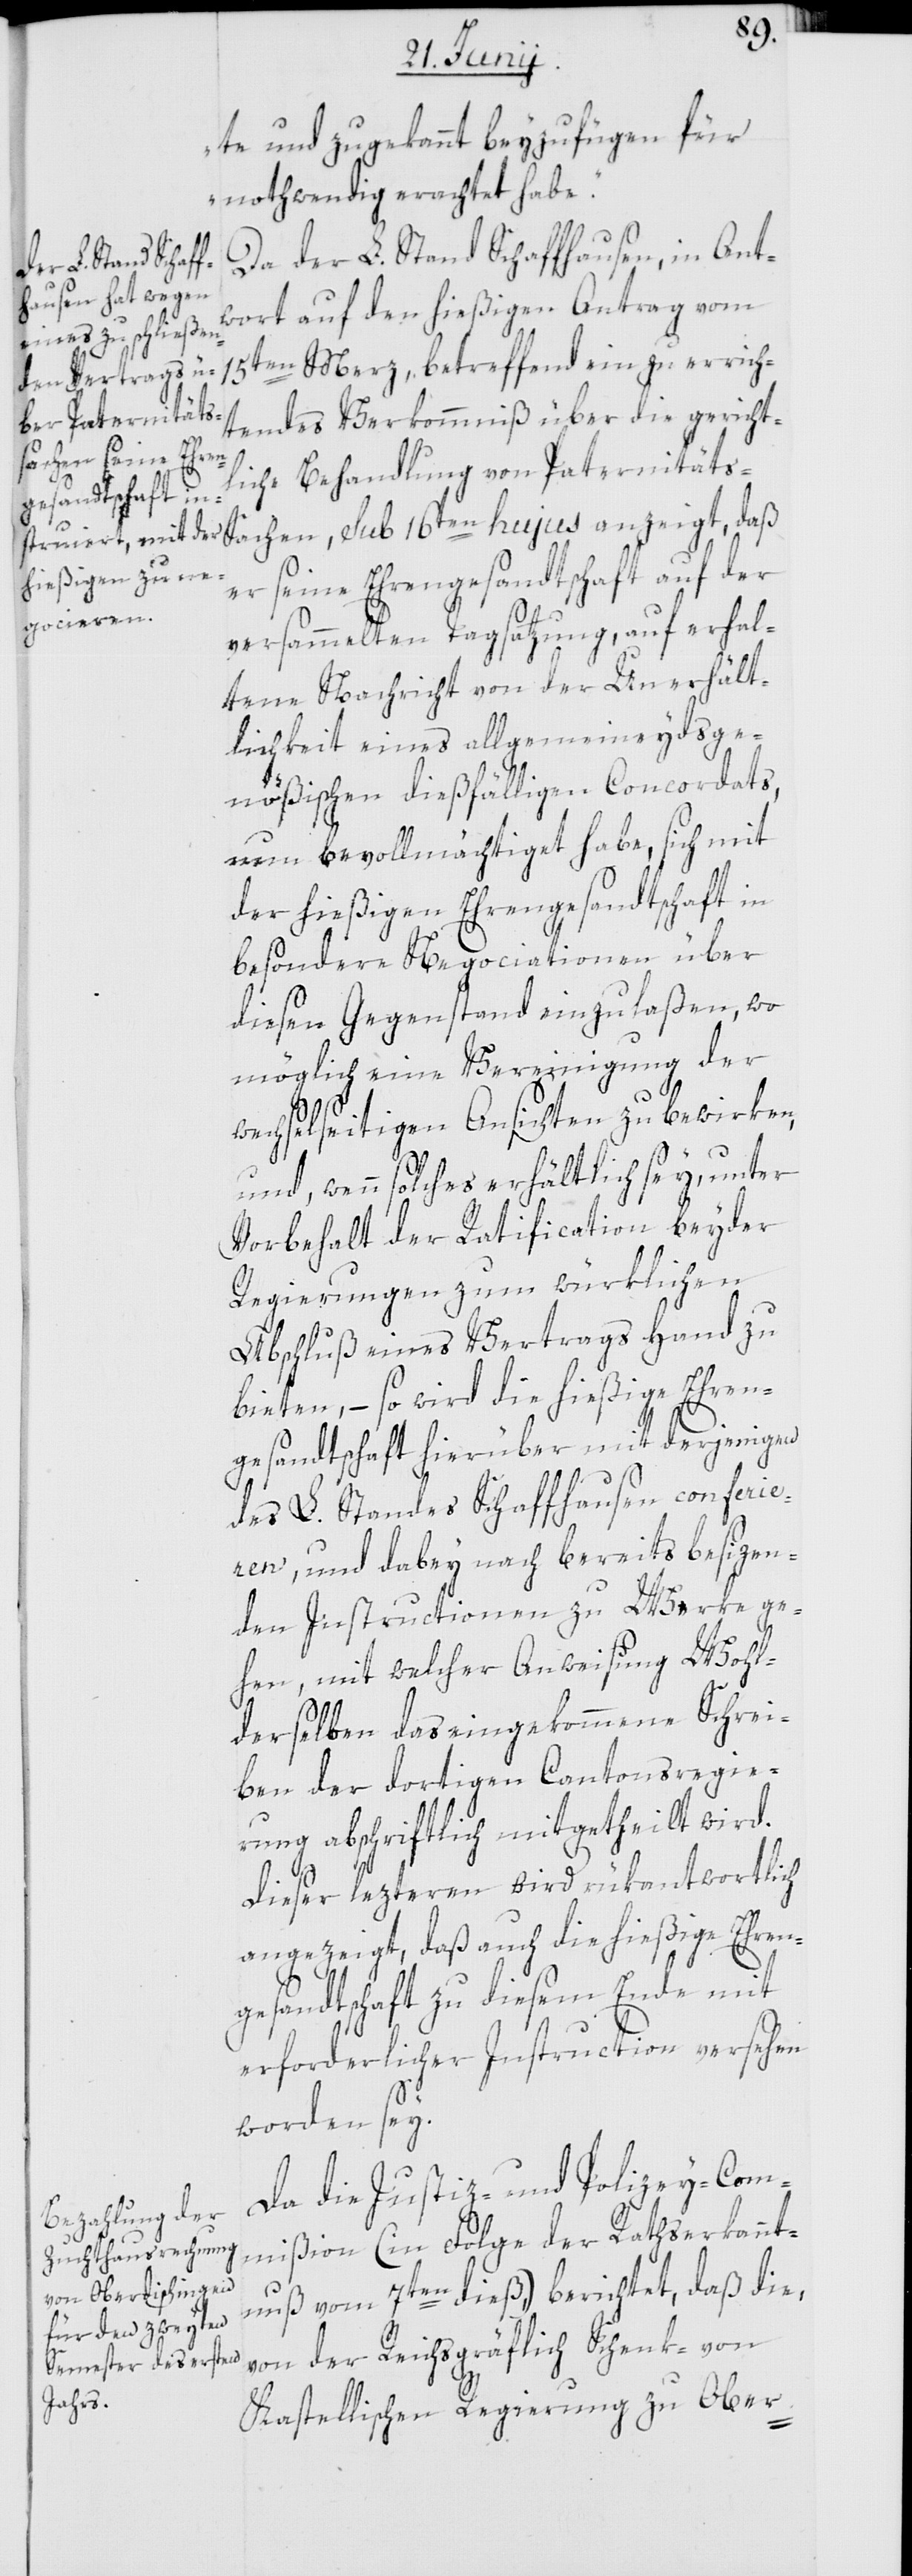
te und zugekannt beyzufügen für
nothwendig erachtet habe.“
Da der L. Stand Schaffhausen, in Ant¬
wort auf den hießigen Antrag vom
15ten Merz, betreffend ein zu errich¬
tendes Verkommniß über die gericht¬
l¬
iche Behandlung von Paternität¬
er seine Ehrengesandtschaft auf der
versammelten Tagsatzung, auf erhal¬
tene Nachricht von der Unerhält¬
lichkeit eines allgemeineydsge¬
nößischen dießfälligen Concordats,
nun bevollmächtiget habe, sich mit
der hießigen Ehrengesandtschaft in
besondere Negociationen über
diesen Gegenstand einzulaßen, wo
möglich eine Vereinigung der
s-Sachen,
wechselseitigen Ansichten zu bewirken,
und wenn solches erhältlich sey, unter
Vorbehalt der Ratification beyder
Regierungen zum würklichen
Abschluß eines Vertrags Hand zu
bieten, – so wird die hießige Ehren¬
gesandtschaft hierüber mit derjenigen
des L. Standes Schaffhausen conferie¬
ren, und dabey nach bereits besizen¬
sub
den Instructionen zu Werke ge¬
hen, mit welcher Anweisung Wohl¬
derselben das eingekommene Schrei¬
ben der dortigen Cantonsregie¬
rung abschriftlich mitgetheilt wird.
Dieser lezteren wird rükantwortlich
angezeigt, daß auch die hießige Ehren¬
gesandtschaft zu diesem Ende mit
erforderlicher Instruction versehen
worden sey.
Da die Justiz- und Polizey-Com¬
mißion (in Folge der Rathserkannt¬
nuß vom 7ten dieß,) berichtet, daß die,
von der Reichsgräflich Schenk- von
Kastellischen Regierung zu Ober-